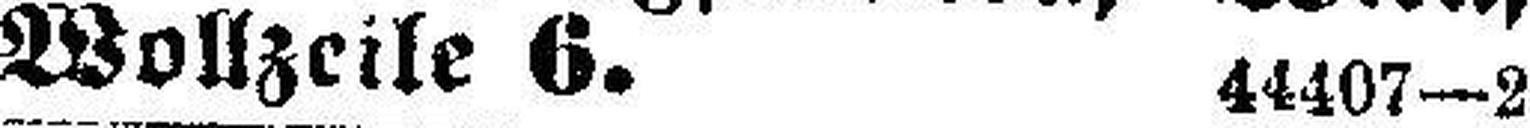
Wollzeile 6. 44407—2